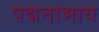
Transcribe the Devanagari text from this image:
पद्मनाभाय